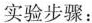
实验步骤：